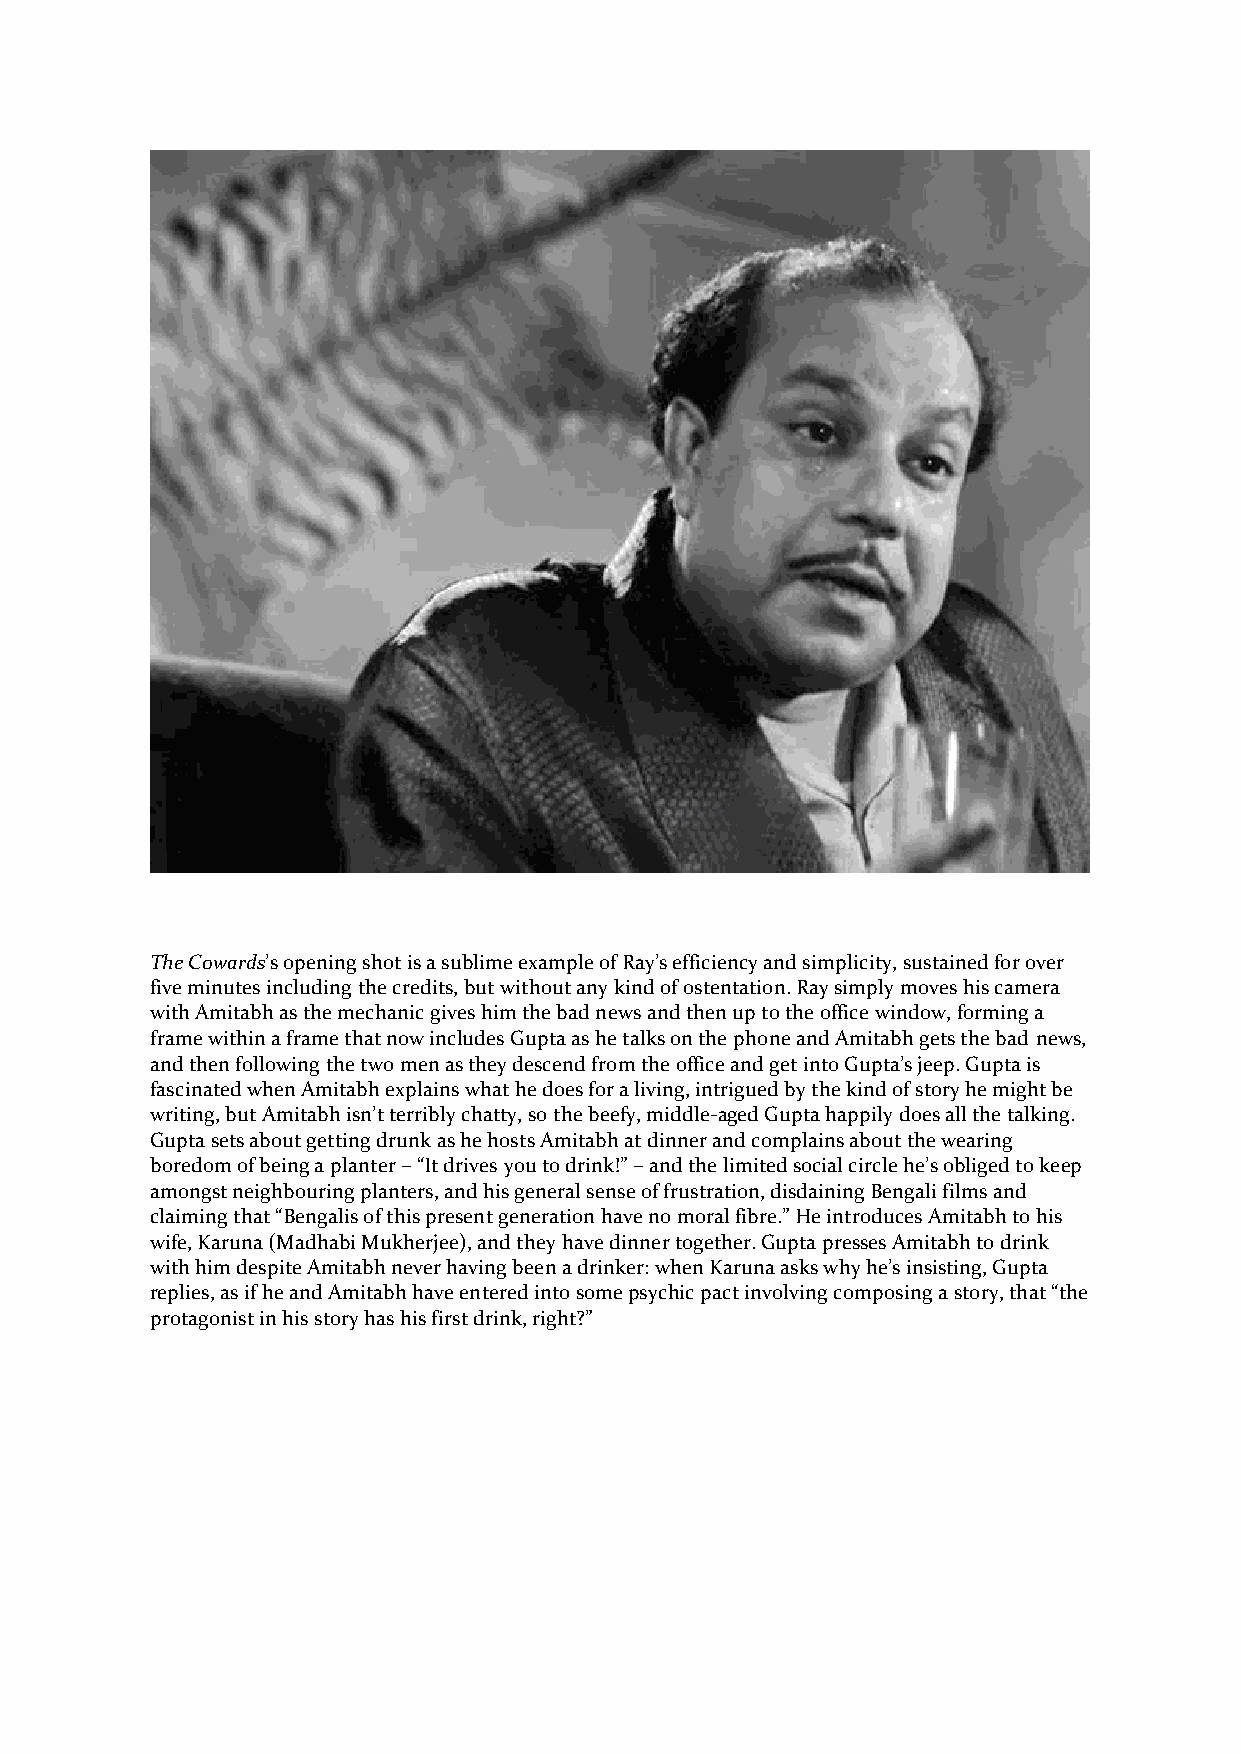
The Cowards’s opening shot is a sublime example of Ray’s efficiency and simplicity, sustained for over
 five minutes including the credits, but without any kind of ostentation. Ray simply moves his camera
 with Amitabh as the mechanic gives him the bad news and then up to the office window, forming a
 frame within a frame that now includes Gupta as he talks on the phone and Amitabh gets the bad news,
 and then following the two men as they descend from the office and get into Gupta’s jeep. Gupta is
 fascinated when Amitabh explains what he does for a living, intrigued by the kind of story he might be
 writing, but Amitabh isn’t terribly chatty, so the beefy, middle-aged Gupta happily does all the talking.
 Gupta sets about getting drunk as he hosts Amitabh at dinner and complains about the wearing
 boredom of being a planter – “It drives you to drink!” – and the limited social circle he’s obliged to keep
 amongst neighbouring planters, and his general sense of frustration, disdaining Bengali films and
 claiming that “Bengalis of this present generation have no moral fibre.” He introduces Amitabh to his
 wife, Karuna (Madhabi Mukherjee), and they have dinner together. Gupta presses Amitabh to drink
 with him despite Amitabh never having been a drinker: when Karuna asks why he’s insisting, Gupta
 replies, as if he and Amitabh have entered into some psychic pact involving composing a story, that “the
 protagonist in his story has his first drink, right?”